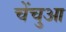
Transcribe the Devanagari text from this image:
चेंचुआ